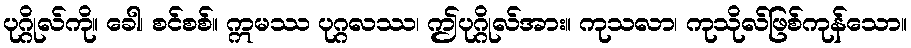
ပုဂ္ဂိုလ်ကို။ ခေါ၊ စင်စစ်။ ဣမဿ ပုဂ္ဂလဿ၊ ဤပုဂ္ဂိုလ်အား။ ကုသလာ၊ ကုသိုလ်ဖြစ်ကုန်သော။